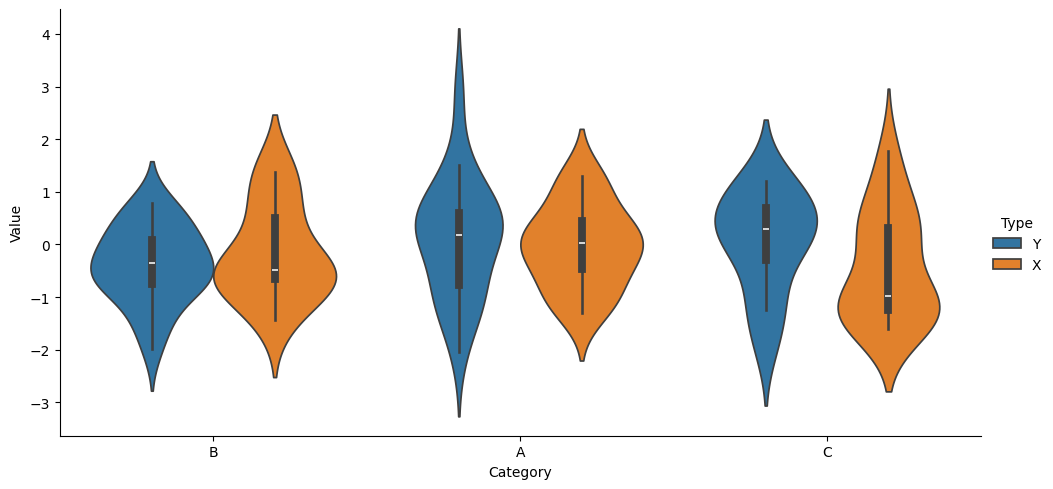
python, seaborn, catplot, kind='violin', height=5, aspect=2